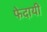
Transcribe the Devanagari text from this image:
फेदायीं